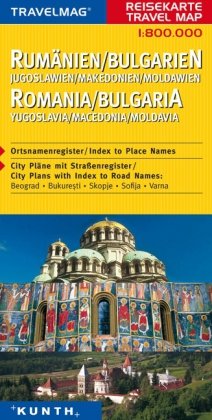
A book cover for Romania/Bulgaria; Kunth Verlag; Travel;